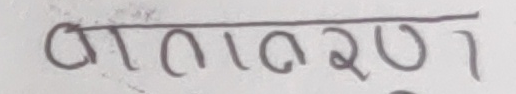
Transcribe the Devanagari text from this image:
आवरण१